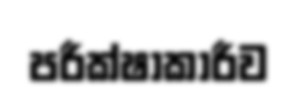
පරීක්ෂාකාරීව